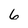
Character: 6